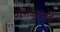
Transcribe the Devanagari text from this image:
तापोळापर्यंत